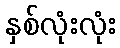
နှစ်လုံးလုံး